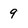
Character: 9